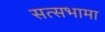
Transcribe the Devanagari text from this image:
सत्सभामा